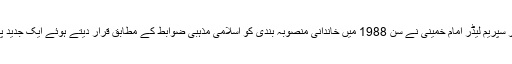
ایرانی انقلاب کے بانی اور سپریم لیڈر امام خمینی نے سن 1988 میں خاندانی منصوبہ بندی کو اسلامی مذہبی ضوابط کے مطابق قرار دیتے ہوئے ایک جدید پروگرام متعارف کرایا تھا۔